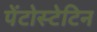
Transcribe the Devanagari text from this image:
पेंटोस्टेटिन